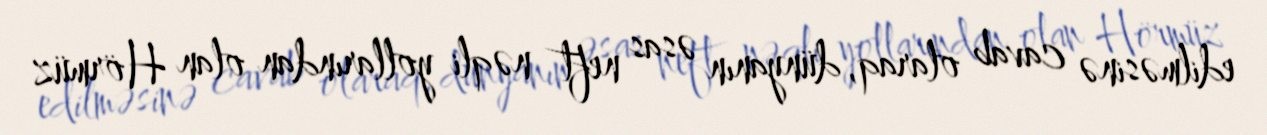
edilməsinə cavab olaraq, dünyanın əsas neft nəqli yollarından olan Hörmüz